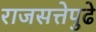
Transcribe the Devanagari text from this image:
राजसत्तेपुढे